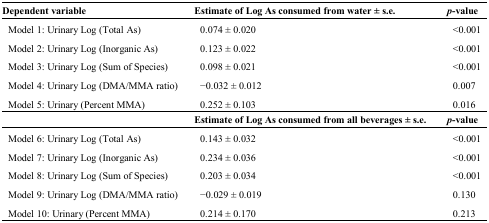
<table><thead><tr><td><b>Dependent variable</b></td><td><b>Estimate of Log As consumed from water ± s.e.</b></td><td><b><i>p</i>-value</b></td></tr></thead><tbody><tr><td>Model 1: Urinary Log (Total As)</td><td>0.074 ± 0.020</td><td>&lt;0.001</td></tr><tr><td>Model 2: Urinary Log (Inorganic As)</td><td>0.123 ± 0.022</td><td>&lt;0.001</td></tr><tr><td>Model 3: Urinary Log (Sum of Species)</td><td>0.098 ± 0.021</td><td>&lt;0.001</td></tr><tr><td>Model 4: Urinary Log (DMA/MMA ratio)</td><td>−0.032 ± 0.012</td><td>0.007</td></tr><tr><td>Model 5: Urinary (Percent MMA)</td><td>0.252 ± 0.103</td><td>0.016</td></tr><tr><td></td><td><b>Estimate of Log As consumed from all beverages ± s.e.</b></td><td><b><i>p</i>-value</b></td></tr><tr><td>Model 6: Urinary Log (Total As)</td><td>0.143 ± 0.032</td><td>&lt;0.001</td></tr><tr><td>Model 7: Urinary Log (Inorganic As)</td><td>0.234 ± 0.036</td><td>&lt;0.001</td></tr><tr><td>Model 8: Urinary Log (Sum of Species)</td><td>0.203 ± 0.034</td><td>&lt;0.001</td></tr><tr><td>Model 9: Urinary Log (DMA/MMA ratio)</td><td>−0.029 ± 0.019</td><td>0.130</td></tr><tr><td>Model 10: Urinary (Percent MMA)</td><td>0.214 ± 0.170</td><td>0.213</td></tr></tbody></table>